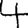
Digit: 4